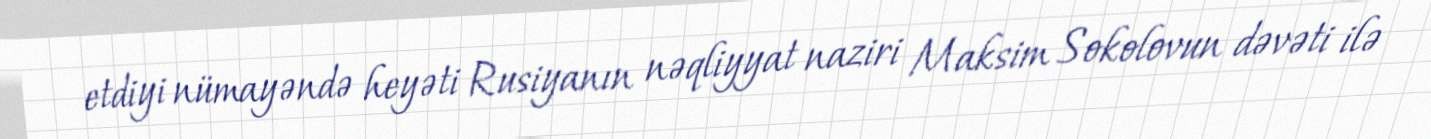
etdiyi nümayəndə heyəti Rusiyanın nəqliyyat naziri Maksim Sokolovun dəvəti ilə